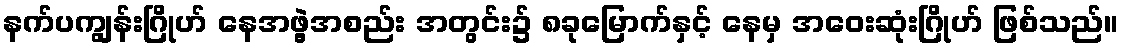
နက်ပကျွန်းဂြိုဟ် နေအဖွဲ့အစည်း အတွင်း၌ ၈ခုမြောက်နှင့် နေမှ အဝေးဆုံးဂြိုဟ် ဖြစ်သည်။